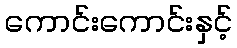
ကောင်းကောင်းနှင့်